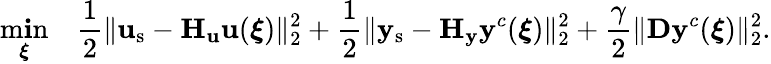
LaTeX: \operatorname*{m\mathbf{i}n}_{\boldsymbol{\xi}}\quad\frac{{1}}{{2}}\| \mathbf{{u}}_{\mathrm{{s}}}-\mathbf{{H}}_{\mathbf{{u}}}\mathbf{{u}}(\boldsymbol{\xi})\| _{2}^{2}+\frac{{1}}{{2}}\| \mathbf{{y}}_{\mathrm{{s}}}-\mathbf{{H}}_{\mathbf{{y}}}\mathbf{{y}}^{c}(\boldsymbol{\xi})\| _{2}^{2}+\frac{{\gamma}}{{2}}\| \mathbf{{D}}\mathbf{{y}}^{c}(\boldsymbol{\xi})\| _{2}^{2}.